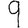
Digit: 9